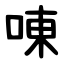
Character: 㖦